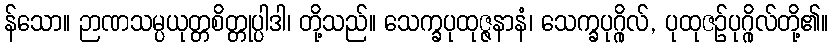
န်သော။ ဉာဏသမ္ပယုတ္တစိတ္တုပ္ပါဒါ၊ တို့သည်။ သေက္ခပုထုဇ္ဇနာနံ၊ သေက္ခပုဂ္ဂိုလ်, ပုထုဇဉ်ပုဂ္ဂိုလ်တို့၏။